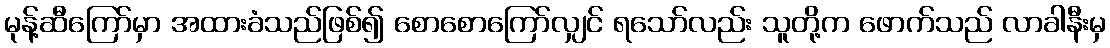
မုန့်ဆီကြော်မှာ အထားခံသည်ဖြစ်၍ စောစောကြော်လျှင် ရသော်လည်း သူတို့က ဖောက်သည် လာခါနီးမှ